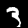
Label: 3